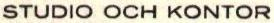
STUDIO OCH KONTOR